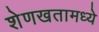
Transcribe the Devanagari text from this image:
शेणखतामध्ये